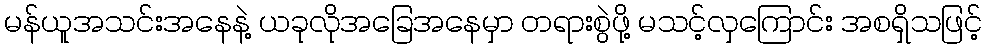
မန်ယူအသင်းအနေနဲ့ ယခုလိုအခြေအနေမှာ တရားစွဲဖို့ မသင့်လှကြောင်း အစရှိသဖြင့်